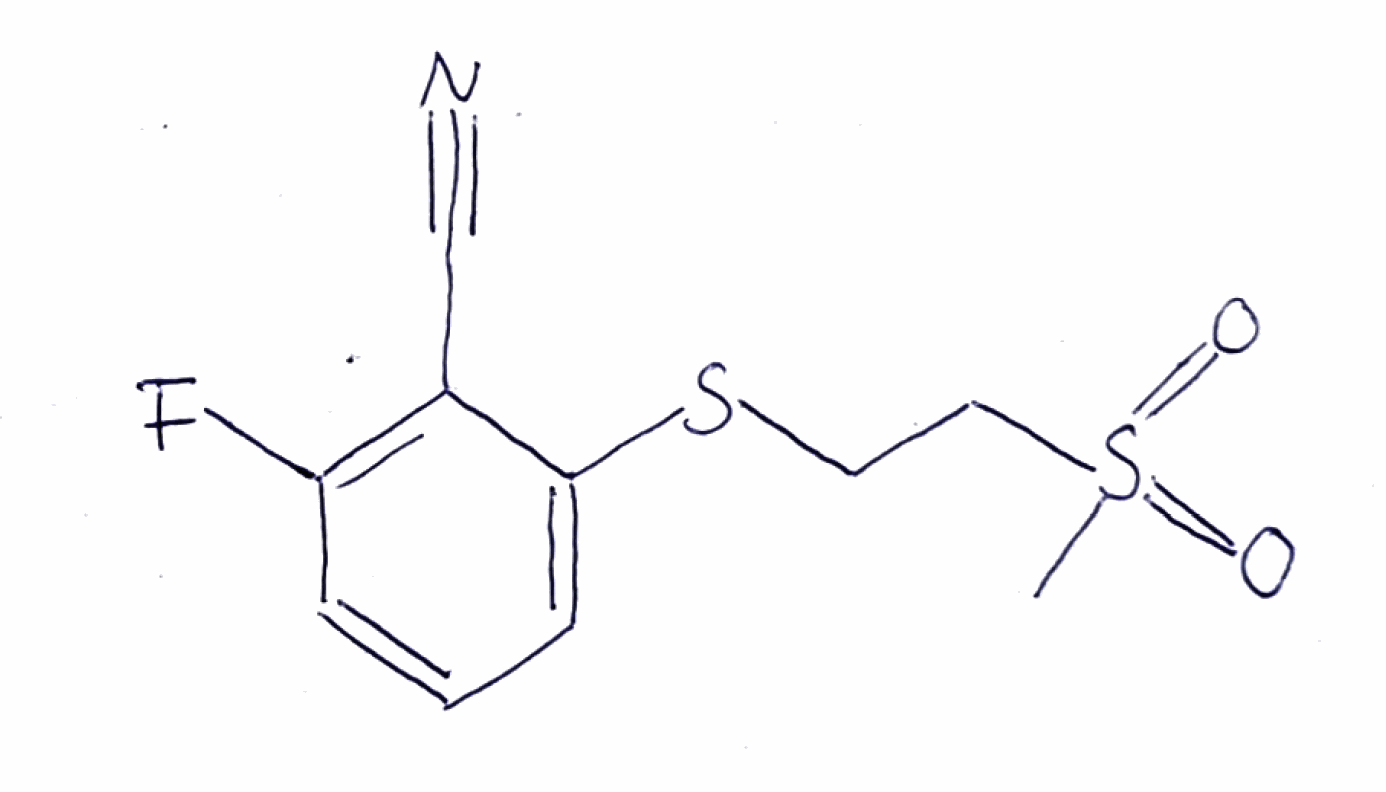
Simplified molecular-input line-entry system (SMILES) notation of the given molecule:
CS(=O)(=O)CCSC1=CC=CC(=C1C#N)F